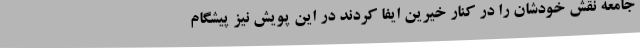
جامعه نقش خودشان را در کنار خیرین ایفا کردند در این پویش نیز پیشگام